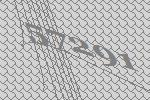
57291